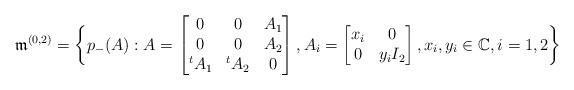
LaTeX: \begin{align*}\frak{m}^{(0,2)}=\bigg\{p_-(A): A=\begin{bmatrix} 0 & 0 & A_1\\ 0 & 0 & A_2\\{}^tA_1 & {}^tA_2 & 0\end{bmatrix}, A_i=\begin{bmatrix} x_i & 0\\ 0 & y_i I_2\end{bmatrix}, x_i, y_i\in\mathbb{C}, i=1,2\bigg\}\end{align*}